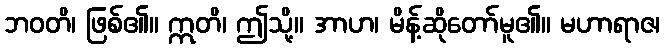
ဘဝတိ၊ ဖြစ်၏။ ဣတိ၊ ဤသို့။ အာဟ၊ မိန့်ဆိုတော်မူ၏။ မဟာရာဇ၊